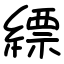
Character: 縹